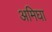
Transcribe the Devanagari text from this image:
अमिघा